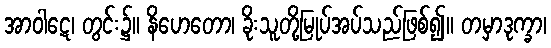
အာဝါဋေ၊ တွင်း၌။ နိဟေတော၊ ခိုးသူတို့မြုပ်အပ်သည်ဖြစ်၍။ တမှာဒုက္ခာ၊